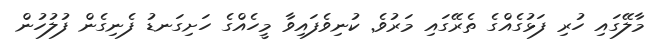
މާލޭގައި ހުރި ފަޅުގެއްގެ ތެރޭގައި މަރުވެ